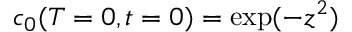
c _ { 0 } ( T = 0 , t = 0 ) = \exp ( - z ^ { 2 } )